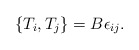
\begin{align*}\{ T_i, T_j \} = B\epsilon_{ij}.\end{align*}